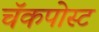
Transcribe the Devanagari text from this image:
चॅकपोस्ट